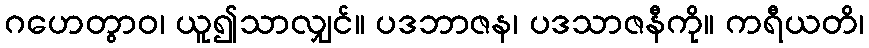
ဂဟေတွာဝ၊ ယူ၍သာလျှင်။ ပဒဘာဇန၊ ပဒသာဇနီကို။ ကရီယတိ၊